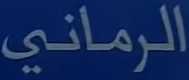
الرماني